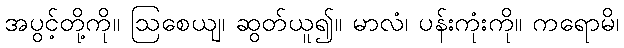
အပွင့်တို့ကို။ ဩစေယျ၊ ဆွတ်ယူ၍။ မာလံ၊ ပန်းကုံးကို။ ကရောမိ၊